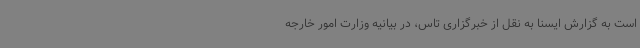
است به گزارش ایسنا به نقل از خبرگزاری تاس، در بیانیه وزارت امور خارجه